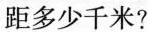
距多少千米?